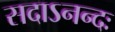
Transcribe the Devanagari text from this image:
सदाऽनन्दः